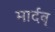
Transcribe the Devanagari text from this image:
मार्दव्